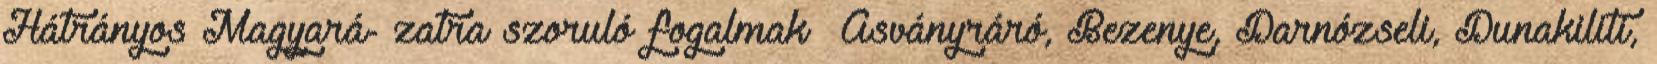
Hátrányos Magyará- zatra szoruló fogalmak ▪Ásványráró, Bezenye, Darnózseli, Dunakiliti,